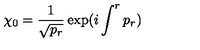
\chi _ { 0 } = { \frac { 1 } { \sqrt { p _ { r } } } } \exp ( i \int ^ { r } p _ { r } )